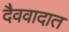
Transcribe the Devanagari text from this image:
दैववादात